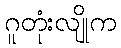
ဂူတုံးလျိုက